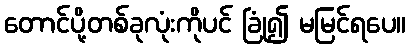
တောင်ပို့တစ်ခုလုံးကိုပင် ခြုံ၍ မမြင်ရပေ။